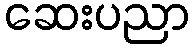
ဆေးပညာ